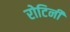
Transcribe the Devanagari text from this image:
रोटिनी